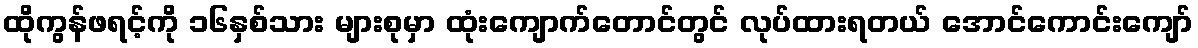
ထိုကွန်ဖရင့်ကို ၁၆နှစ်သား များစုမှာ ထုံးကျောက်တောင်တွင် လုပ်ထားရတယ် အောင်ကောင်းကျော်